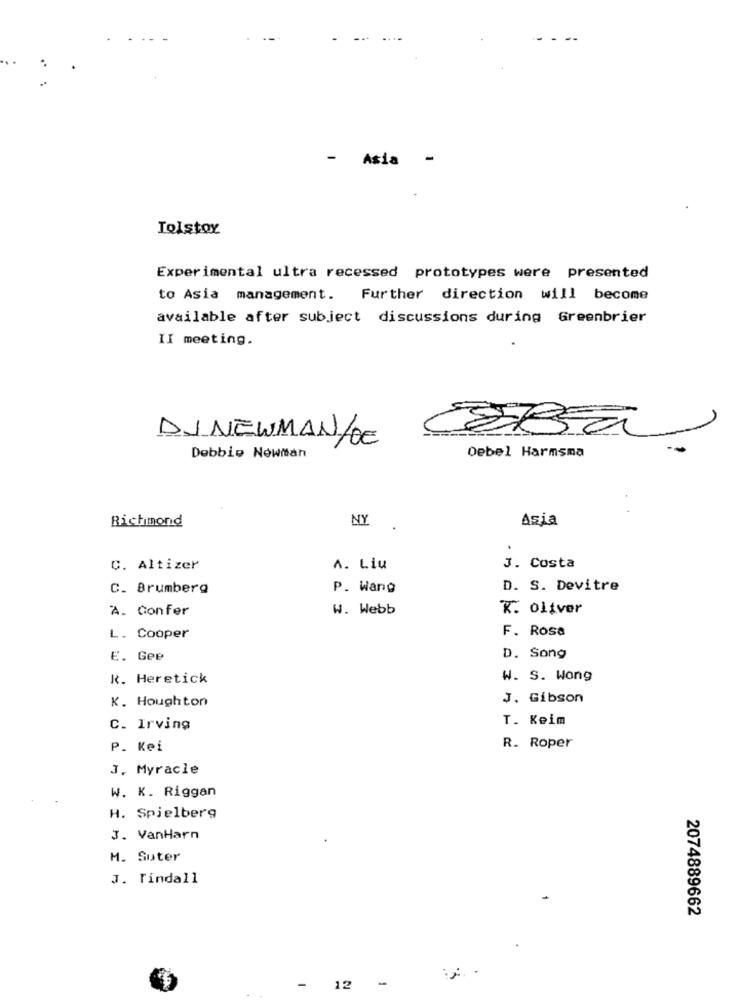
----
- Asia
Tolstoy
Experimental ultra recessed prototypes were presented
to Asia management. Further direction will become
available after subject discussions during Greenbrier
II meeting.
DJ NEWMAN/DE
Debel Harmsma
Debbie Newman
Richmond
NY
Asia
C. Altizer
A. Liu
3. Costa
C. Brumberg
P. Wang
D. S. Devitre
A. Confer
W. Webb
K. oliver
F. Rosa
L. Cooper
E. Gee
D. Song
R. Heretick
W. S. Wong
K. Houghton
J. Gibson
T. Keim
C. Irving
P. Kei
R. Roper
J. Myracle
W. K. Riggan
H. Spielberg
J. VanHarn
M. Suter
J. Findall
2074889662
12